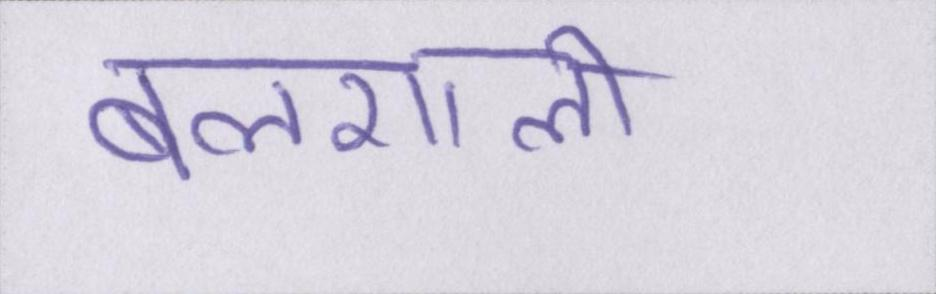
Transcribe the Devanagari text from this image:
बलशाली